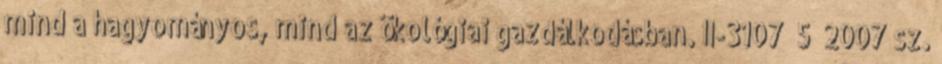
mind a hagyományos, mind az ökológiai gazdálkodásban. II-3107 5 2007 sz.